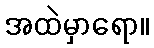
အထဲမှာရော။